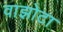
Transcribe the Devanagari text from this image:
वाझोटा